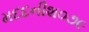
મદદનીશ૦૭૯